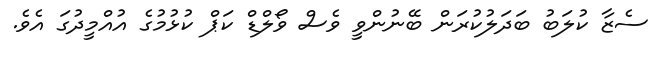
ސެޒާ ކުލަބު ބަދަލުކުރަން ބޭނުންވީ ވެސް ވޯލްޑް ކަޕް ކުޅުމުގެ އުއްމީދުގަ އެވެ.